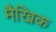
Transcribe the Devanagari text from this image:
मैखिक